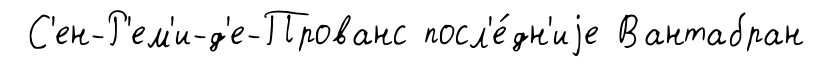
С'ен-Р'ем'и-д'е-Прованс посл'е́дн'иjе Вантабран